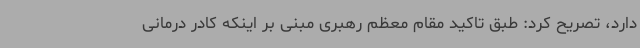
دارد، تصریح کرد: طبق تاکید مقام معظم رهبری مبنی بر اینکه کادر درمانی